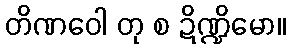
တိဏဝေါ တု စ ဍိဏ္ဍိမော။